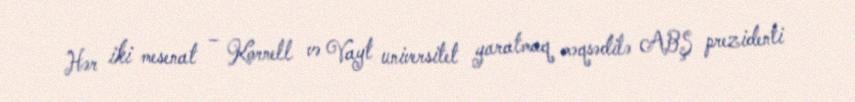
Hər iki mesenat – Kornell və Vayt universitet yaratmaq məqsədilə ABŞ prezidenti